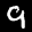
Label: 9